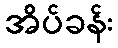
အိပ်ခန်း